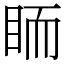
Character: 𥅡